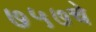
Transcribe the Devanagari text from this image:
७५७चे